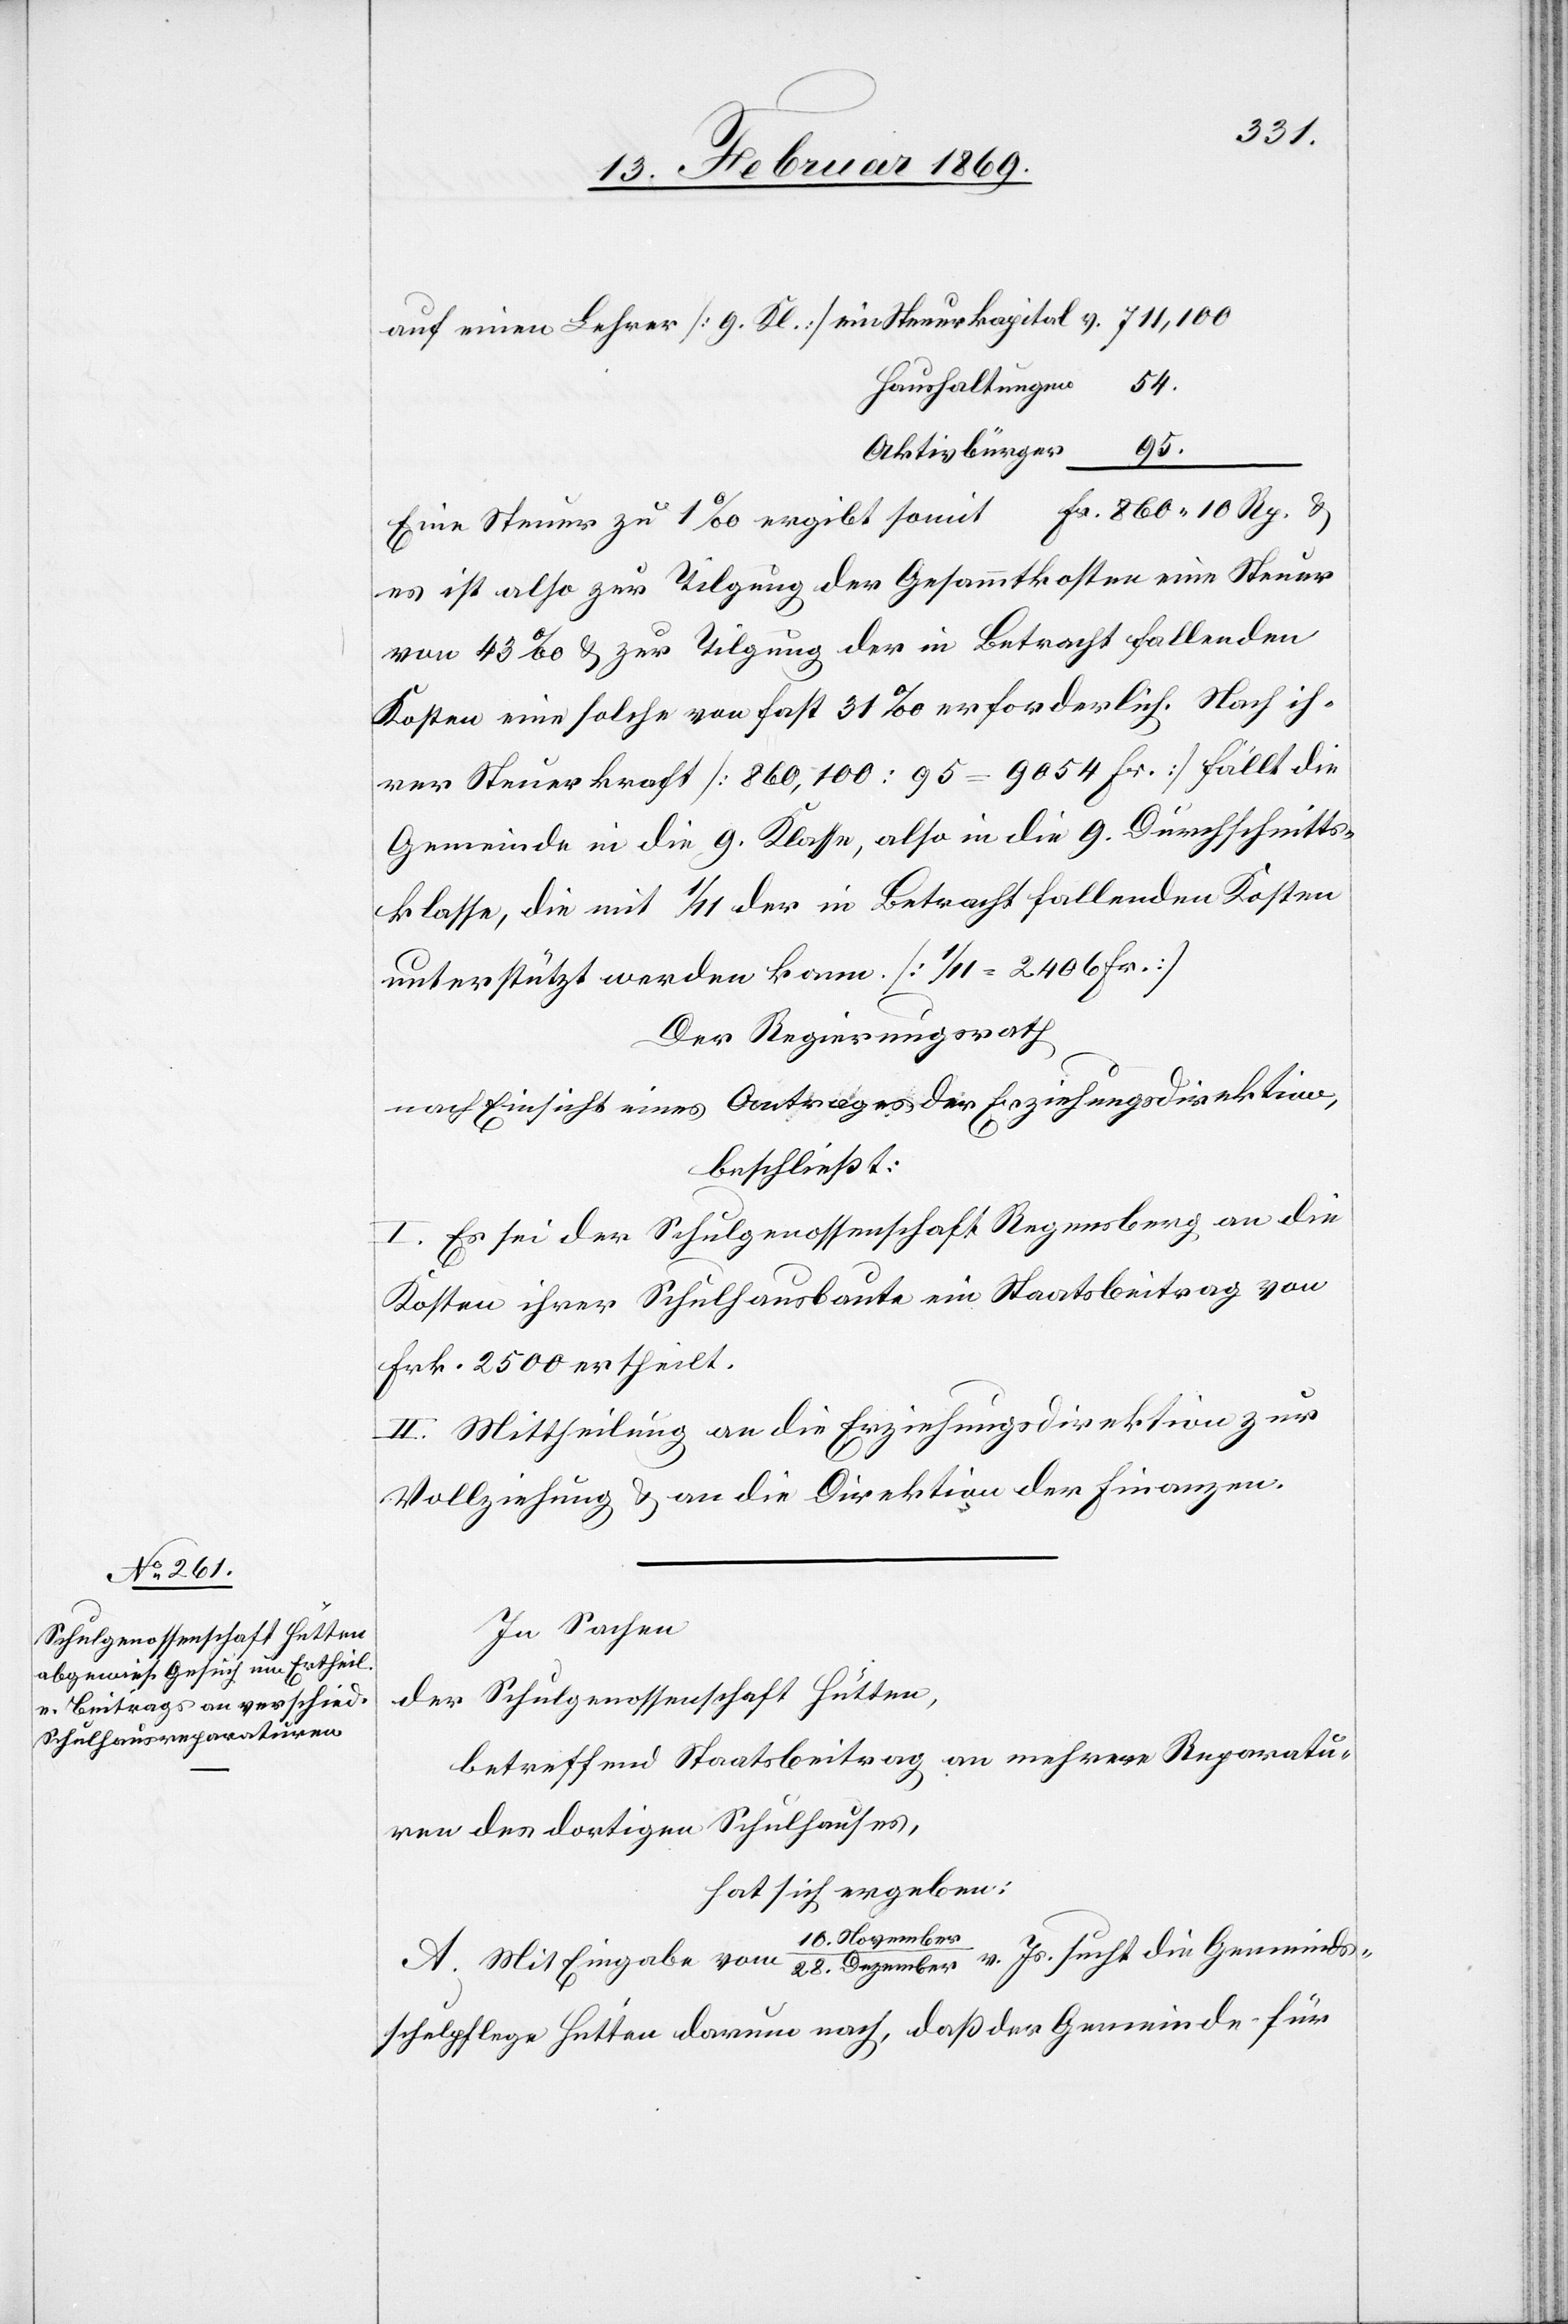
Gemeinds¬
auf einen Lehrer [9. Kl] ein Steuerkapital v. 711,100
Haushaltungen 54.
Aktivbürger 95.
Eine Steuer zu 1‰ ergibt somit Fr. 860.10 Rp. u.
es ist also zur Tilgung der Gesammtkosten eine Steuer
von 43‰ u. zur Tilgung der in Betracht fallenden
Kosten eine solche von fast 31‰ erforderlich. Nach ih¬
rer Steuerkraft [860,100 : 95 = 9054 Fr.] fällt die
Gemeinde in die 9. Klasse, also in die 9. Durchschnitts¬
klasse, die mit 1/11 der in Betracht fallenden Kosten
unterstützt werden kann. [1/11 = 2406 Fr.]
Der Regierungsrath
nach Einsicht eines Antrages der Erziehungsdirektion,
beschließt:
I. Es sei der Schulgenossenschaft Regensberg an die
Kosten ihrer Schulhausbaute ein Staatsbeitrag von
Frk. 2500 ertheilt.
II. Mittheilung an die Erziehungsdirektion zur
Vollziehung u. an die Direktion der Finanzen.
In Sachen
der Schulgenossenschaft Hütten,
betreffend Staatsbeitrag an mehrere Reparatu¬
ren des dortigen Schulhauses,
hat sich ergeben:
10. November/28.
schulpflege Hütten darum nach, daß der Gemeinde für